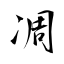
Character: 凋